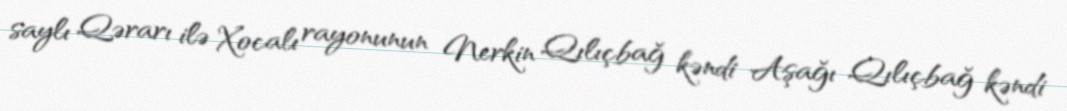
saylı Qərarı ilə Xocalı rayonunun Nerkin Qılıçbağ kəndi Aşağı Qılıçbağ kəndi